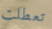
تعطلت